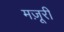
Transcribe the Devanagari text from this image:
मज़ूरी